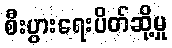
စီးပွားရေးပိတ်ဆို့မှု